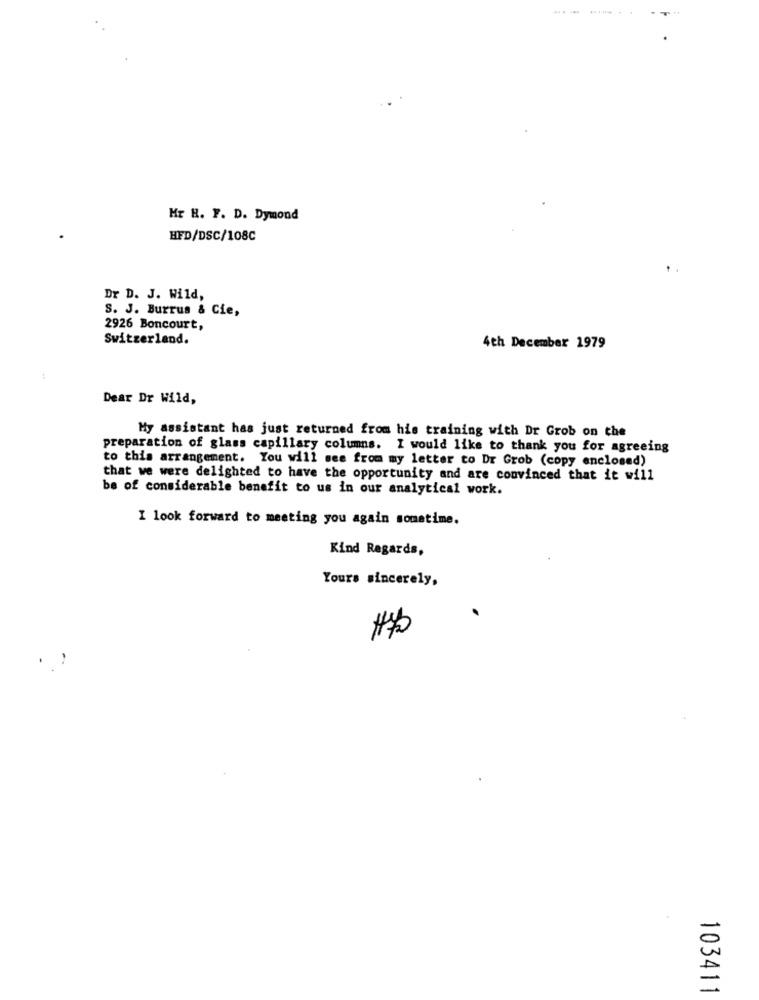
... .. ........
Mr H. F. D. Dymond
HFD/DSC/108C
Dr D. J. Wild,
S. J. Burrus & Cie,
2926 Boncourt,
Switzerland.
4th December 1979
Dear Dr Wild,
My assistant has just returned from his training with Dr Grob on the
preparation of glass capillary columns. I would like to thank you for agreeing
to this arrangement. You will see from my letter to Dr Grob (copy enclosed)
that we were delighted to have the opportunity and are convinced that it will
be of considerable benefit to us in our analytical work.
I look forward to meeting you again sometime.
Kind Regards,
Yours sincerely,
103411